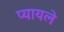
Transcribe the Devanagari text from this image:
प्यायले